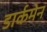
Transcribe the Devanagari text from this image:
डार्कमेन